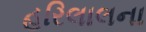
હરિલાલના